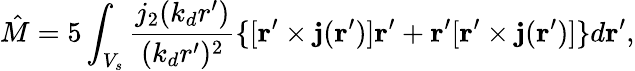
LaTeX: {\hat{M}}={5}\int_{V_{s}}\frac{j_{2}(k_{d}r^{\prime})}{(k_{d}r^{\prime})^{2}}\{ [{\mathbf r}^{\prime}\times{\mathbf j}({\mathbf r}^{\prime})]{\mathbf r}^{\prime}+{\mathbf r}^{\prime}[{\mathbf r}^{\prime}\times{\mathbf j}({\mathbf r}^{\prime})]\} d{\mathbf r}^{\prime},